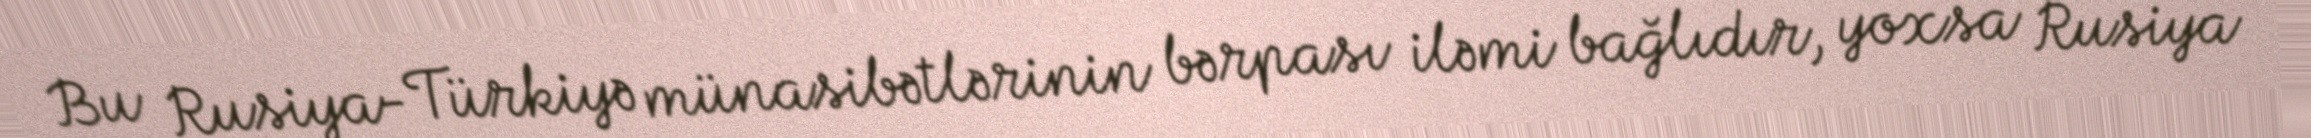
Bu Rusiya-Türkiyə münasibətlərinin bərpası iləmi bağlıdır, yoxsa Rusiya